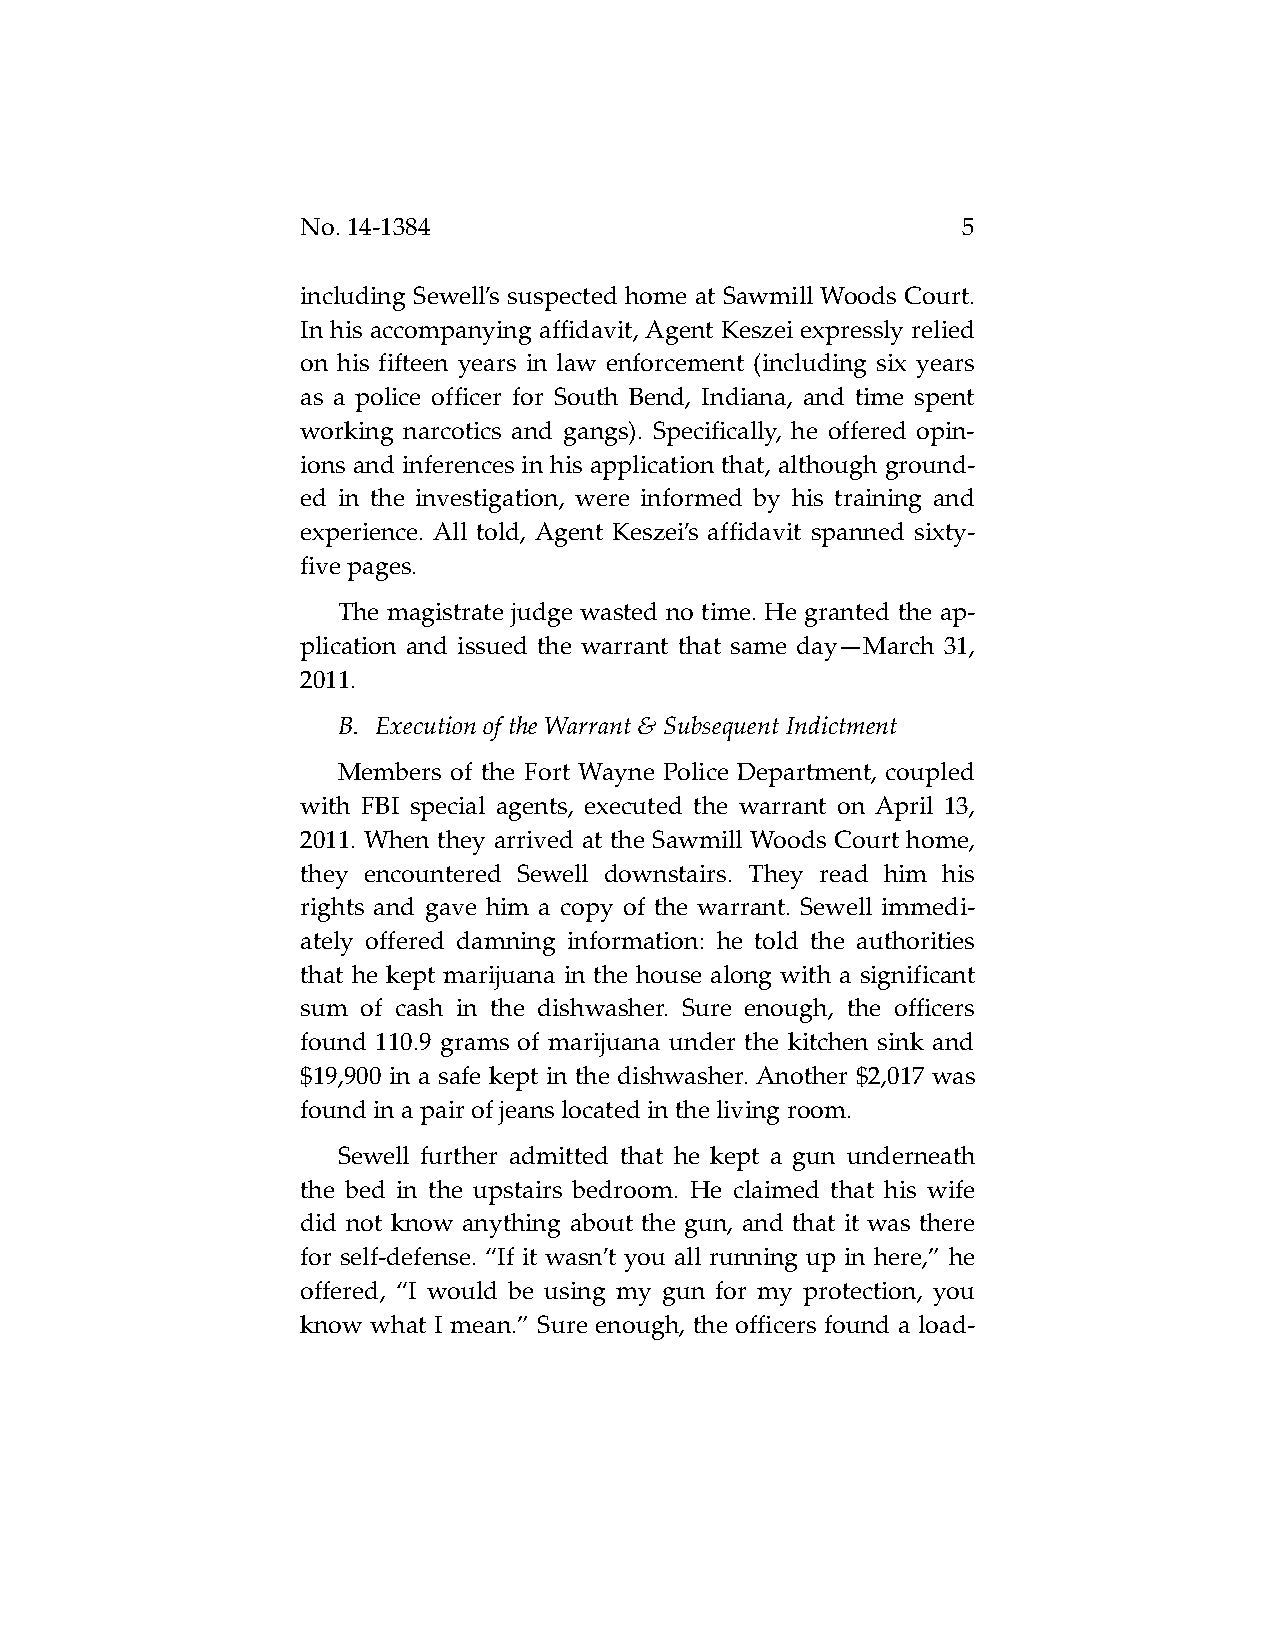
No. 14-1384                                 5
 including Sewell’s suspected home at Sawmill Woods Court.
 In his accompanying affidavit, Agent Keszei expressly relied
 on his fifteen years in law enforcement (including six years
 as a police officer for South Bend, Indiana, and time spent
 working narcotics and gangs). Specifically, he offered opin-
 ions and inferences in his application that, although ground-
 ed in the investigation, were informed by his training and
 experience. All told, Agent Keszei’s affidavit spanned sixty-
 five pages.
 The magistrate judge wasted no time. He granted the ap-
 plication and issued the warrant that same day—March 31,
 2011.
 B. Execution of the Warrant & Subsequent Indictment
 Members of the Fort Wayne Police Department, coupled
 with FBI special agents, executed the warrant on April 13,
 2011. When they arrived at the Sawmill Woods Court home,
 they encountered Sewell downstairs. They read him his
 rights and gave him a copy of the warrant. Sewell immedi-
 ately offered damning information: he told the authorities
 that he kept marijuana in the house along with a significant
 sum of cash in the dishwasher. Sure enough, the officers
 found 110.9 grams of marijuana under the kitchen sink and
 $19,900 in a safe kept in the dishwasher. Another $2,017 was
 found in a pair of jeans located in the living room.
 Sewell further admitted that he kept a gun underneath
 the bed in the upstairs bedroom. He claimed that his wife
 did not know anything about the gun, and that it was there
 for self-defense. “If it wasn’t you all running up in here,” he
 offered, “I would be using my gun for my protection, you
 know what I mean.” Sure enough, the officers found a load-